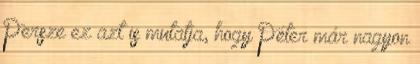
Persze ez azt is mutatja, hogy Péter már nagyon